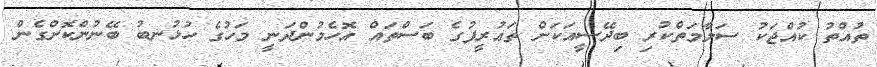
ތުއްތު ކުއްޖަކު ސަލާމަތްކުރި ބިދޭސީއަކަށް ތަޢުރީފުގެ ބަސްތައް އޮހެމުންދަނީ މަހުގެ ހުޅުނބު ބޭނުންކޮށްގެން